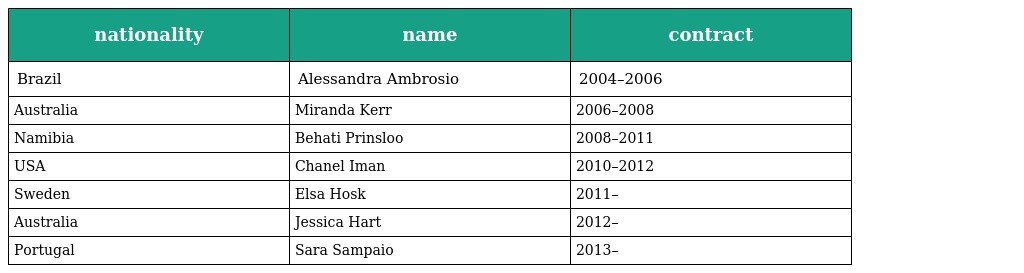
| nationality | name | contract |
 | --- | --- | --- |
 | Brazil | Alessandra Ambrosio | 2004–2006 |
 | Australia | Miranda Kerr | 2006–2008 |
 | Namibia | Behati Prinsloo | 2008–2011 |
 | USA | Chanel Iman | 2010–2012 |
 | Sweden | Elsa Hosk | 2011– |
 | Australia | Jessica Hart | 2012– |
 | Portugal | Sara Sampaio | 2013– |